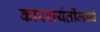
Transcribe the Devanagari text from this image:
कारशर्यतींमध्ये